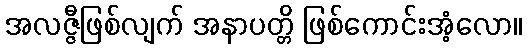
အလဇ္ဇီဖြစ်လျက် အနာပတ္တိ ဖြစ်ကောင်းအံ့လော။